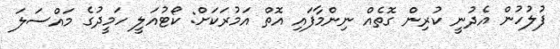
ފުލުހުން އެދުނީ ކުރިން ގޮތެއް ނިންމާފައި އޮތް އަމުރަކަށް: ކޯޓުއަލީ ހަމީދުގެ މައްސަލަ